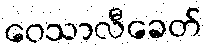
ဝေသာလီခေတ်